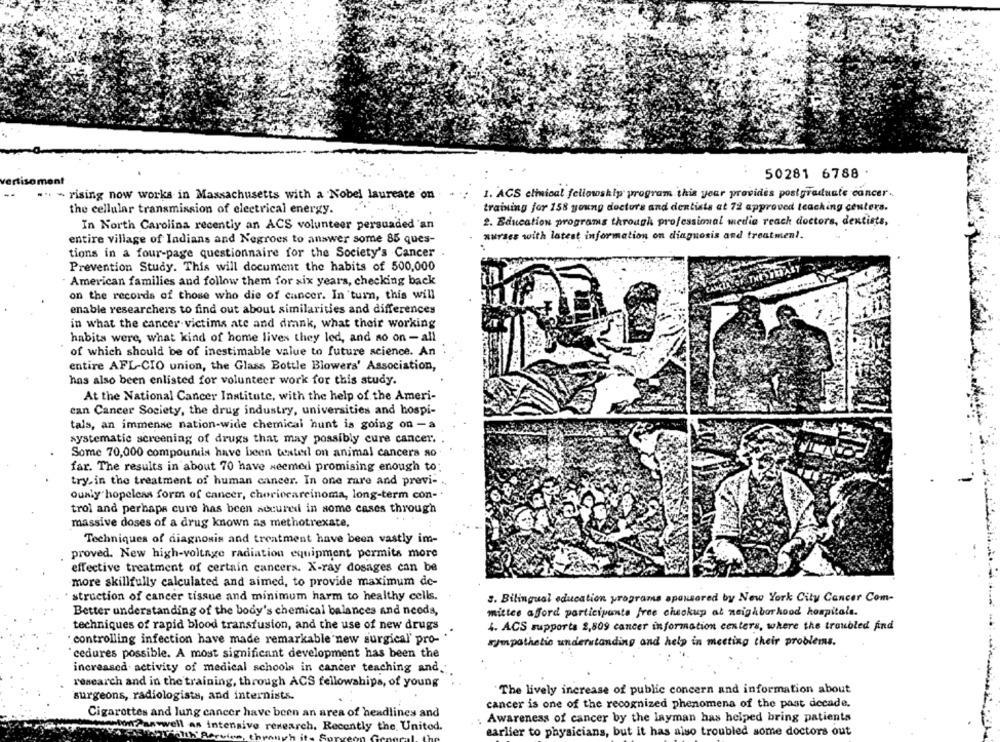
50281 6788 .
1. AGS clinical fellowship program this year provides postgraduate cancer.
- rising now works in Massachusetts with a Nobel laureate on
training for 158 young doctors and dentists at 72 approved teaching centers.
the cellular transmission of electrical energy.
2. Education programs through professional media reach doctors, dentists,
In North Carolina recently an ACS volunteer persuaded 'an
nurses with latest information on diagnosis and treatment.
entire village of Indians and Negroes to answer some 85 ques-
tions in a four-page questionnaire for the Society's Cancer
Prevention Study. This will document the habits of 500,000
American families and follow them for xix years, checking back
on the records of those who die of cancer. In turn, this will
enable researchers to find out about similarities and differences
in what the cancer victims ate and drank, what their working
habits were, what kind of home lives they led, and so on - all
of which should be of inestimable value to future science. An
entire AFL-CIO union, the Glass Bottle Blowers' Association,
has also been enlisted for volunteer work for this study.
At the National Cancer Institute, with the help of the Ameri-
can Cancer Society, the drug industry, universities and hospi-
tais, an immense nation-wide chemical hunt is going on - a
systematic screening of drugs that may possibly cure cancer.
Some 70,000 compounds have been tested on animal cancers so
far. The results in about 70 have seemed promising enough to:
try. in the treatment of human cancer. In one rare and previ- .
ously hopeleas form of cancer, choriocarcinoma, long-term con-"
trol and perhaps cure has been secured in some cases through
massive doses of a drug known as methotrexate,
Techniques of diagnosis and treatment have been vastly im-
proved. New high-voltage radiation equipment permits more
effective treatment of certain cancers. X-ray dosages can be
-more skillfully calculated and aimed, to provide maximum de-
struction of cancer tissue and minimum harm to healthy cells.
3. Bilingual education programs sponsored by New York City Cancer Com-
Better understanding of the body's chemical balances and needs,
mittee afford participants free checkup at neighborhood hospitals.
techniques of rapid blood transfusion, and the use of new drugs
4. ACS supports 2,809 cancer information centers, where the troubled And
" controlling infection have made remarkable new surgical' pro- .
sympathetic understanding and help in meeting their problems.
cedures possible. A most significant development has been the
increased. activity of medical schools in cancer teaching and .:
research and in the training, through ACS fellowships, of young
"The lively increase of public concern and information about
surgeons, radiologists, and internists.
cancer is one of the recognized phenomena of the past decade.
Cigarettes and lung cancer have been an area of headlines and
Awareness of cancer by the layman has helped bring patients
maton Paswwell as intensive research. Recently the United.
earlier to physicians, but it has also troubled some doctors out